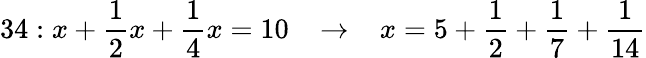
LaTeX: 34:x+{\frac{1}{2}}x+{\frac{1}{4}}x=10\; \; \; \rightarrow\; \; \; x=5+{\frac{1}{2}}+{\frac{1}{7}}+{\frac{1}{14}}